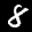
Label: 8